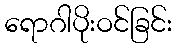
ရောဂါပိုးဝင်ခြင်း